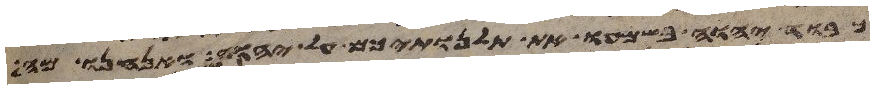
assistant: כבוד יהוה בשמעו את תלנתיכם על יהוה ואנחנו מה